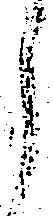
し